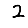
Digit: 2